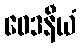
ဝေဒနီယံ